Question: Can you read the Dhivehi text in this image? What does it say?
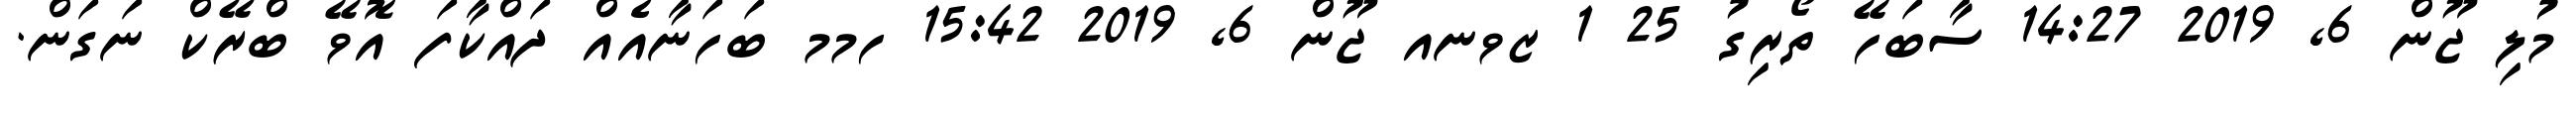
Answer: މުލި ޖޫން 6, 2019 14:27 ސާބަހޭ ތޯރިގު 25 1 ޒވނއ ޖޫން 6, 2019 15:42 ހމމ ބަހަނާއެއް ދައްކާފަ އޮވޭ ބްރޭކް ނަގަން.